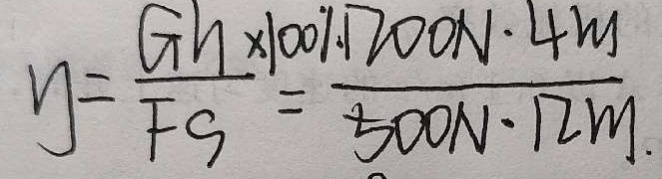
y = \frac { G h \times 1 0 0 1 } { F s } = \frac { 1 2 0 0 N \cdot 4 m } { 5 0 0 N \cdot 1 2 m }